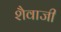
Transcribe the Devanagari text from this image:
शैवाजी